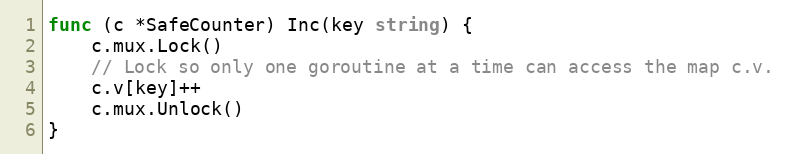
Language: Go
func (c *SafeCounter) Inc(key string) {
	c.mux.Lock()
	// Lock so only one goroutine at a time can access the map c.v.
	c.v[key]++
	c.mux.Unlock()
}